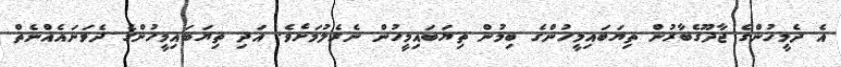
އެ ދެމީހުންގެ ޖާދޫގެބާރުން ތިޔަބައިމީހުންގެ ބިމުން ތިޔަބައިމީހުން ނެެރެލުމަށެވެ. އަދި ތިޔަބައިމީހުންގެ ދެވަނައެއްނެތް